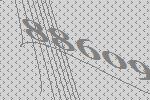
88609